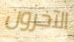
الآخرون